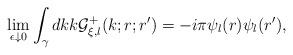
LaTeX: \begin{align*}\lim_{\epsilon\downarrow 0} \displaystyle\int_\gamma dk k{\cal G}^+_{\xi,l} (k;r;r') = -i\pi \psi_l (r) \psi_l (r'),\end{align*}